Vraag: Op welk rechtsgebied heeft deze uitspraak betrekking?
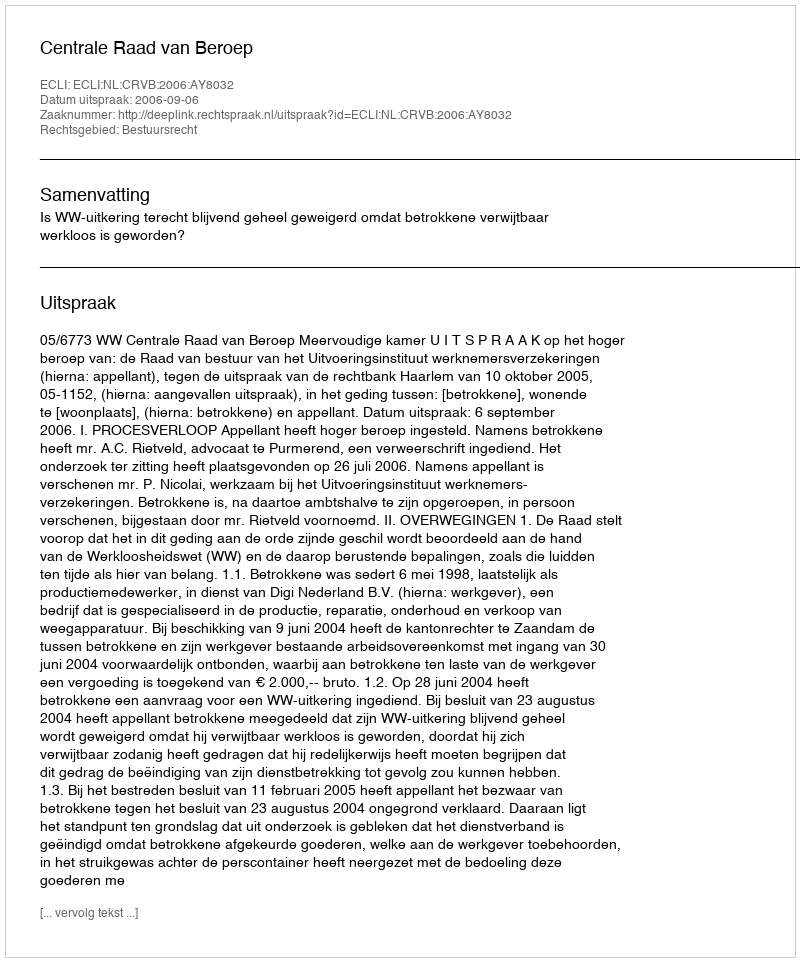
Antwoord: Bestuursrecht